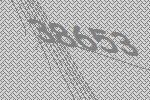
38653